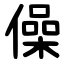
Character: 僺